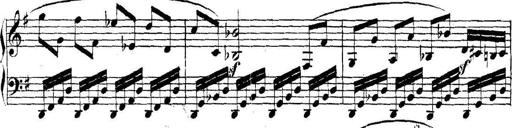
Title: Collected Piano Sonatas
Composer: Muzio Clementi